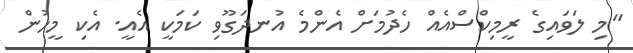
"މި ލަވައިގެ ރީމިކްސްއެއް ހެދުމަށް އެންމެ އުނދަގޫވި ކަމަކީ އެއީ. އެކި މީހުން